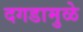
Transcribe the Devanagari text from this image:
दगडामुळे